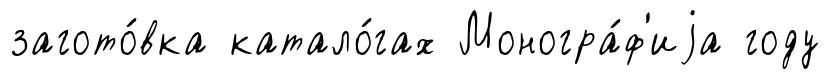
загото́вка катало́гах Моногра́ф'иjа году